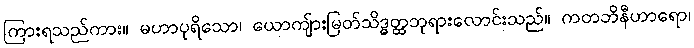
ကြားရသည်ကား။ မဟာပုရိသော၊ ယောကျ်ားမြတ်သိဒ္ဓတ္ထဘုရားလောင်းသည်။ ကတဘိနီဟာရော၊